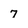
Character: 7